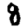
Digit: 8